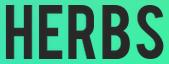
HERBS